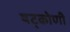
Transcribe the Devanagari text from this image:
षट्कोणी